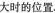
大时的位置.